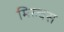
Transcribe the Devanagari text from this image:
मिल्वस